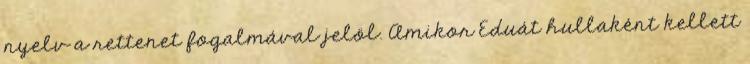
nyelv a rettenet fogalmával jelöl. Amikor Eduát hullaként kellett